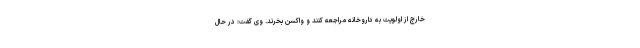
خارج از اولویت به داروخانه مراجعه کنند و واکسن بخرند. وی گفت: در حال